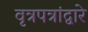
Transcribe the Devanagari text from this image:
वृत्रपत्रांद्वारे